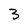
Character: 3